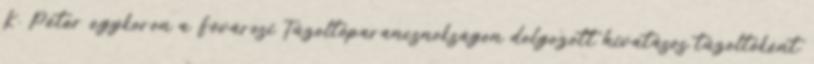
K. Péter egykoron a Fővárosi Tűzoltóparancsnokságon dolgozott hivatásos tűzoltóként.